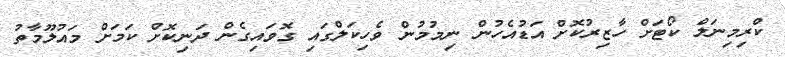
ކްރިމިނަލް ކޯޓަށް ހާޒިރުކޮށް އަޑުއެހުން ނިމުމުން ވެހިކަލްގައި ގޮވައިގެން ދަނިކޮށް ކަމަށް މައުލޫމާތު